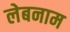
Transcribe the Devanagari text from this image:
लेबनाम